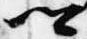
卿